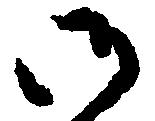
御